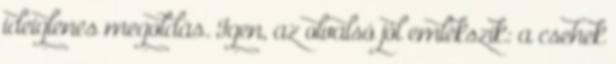
ideiglenes megoldás. Igen, az olvalsó jól emlékszik: a csehek